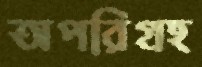
অপরিগ্রহ